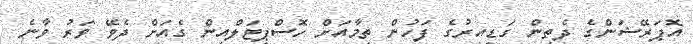
އޮޕަރޭޝަންގެ ދެތިން ގަޑިއިރުގެ ފަހުން ތިމާއަށް ހޮސްޕިޓަލްއިން ގެއަށް ދެވޭ ވަރު ވާނެ